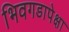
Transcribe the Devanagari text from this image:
भिवगडापेक्षा